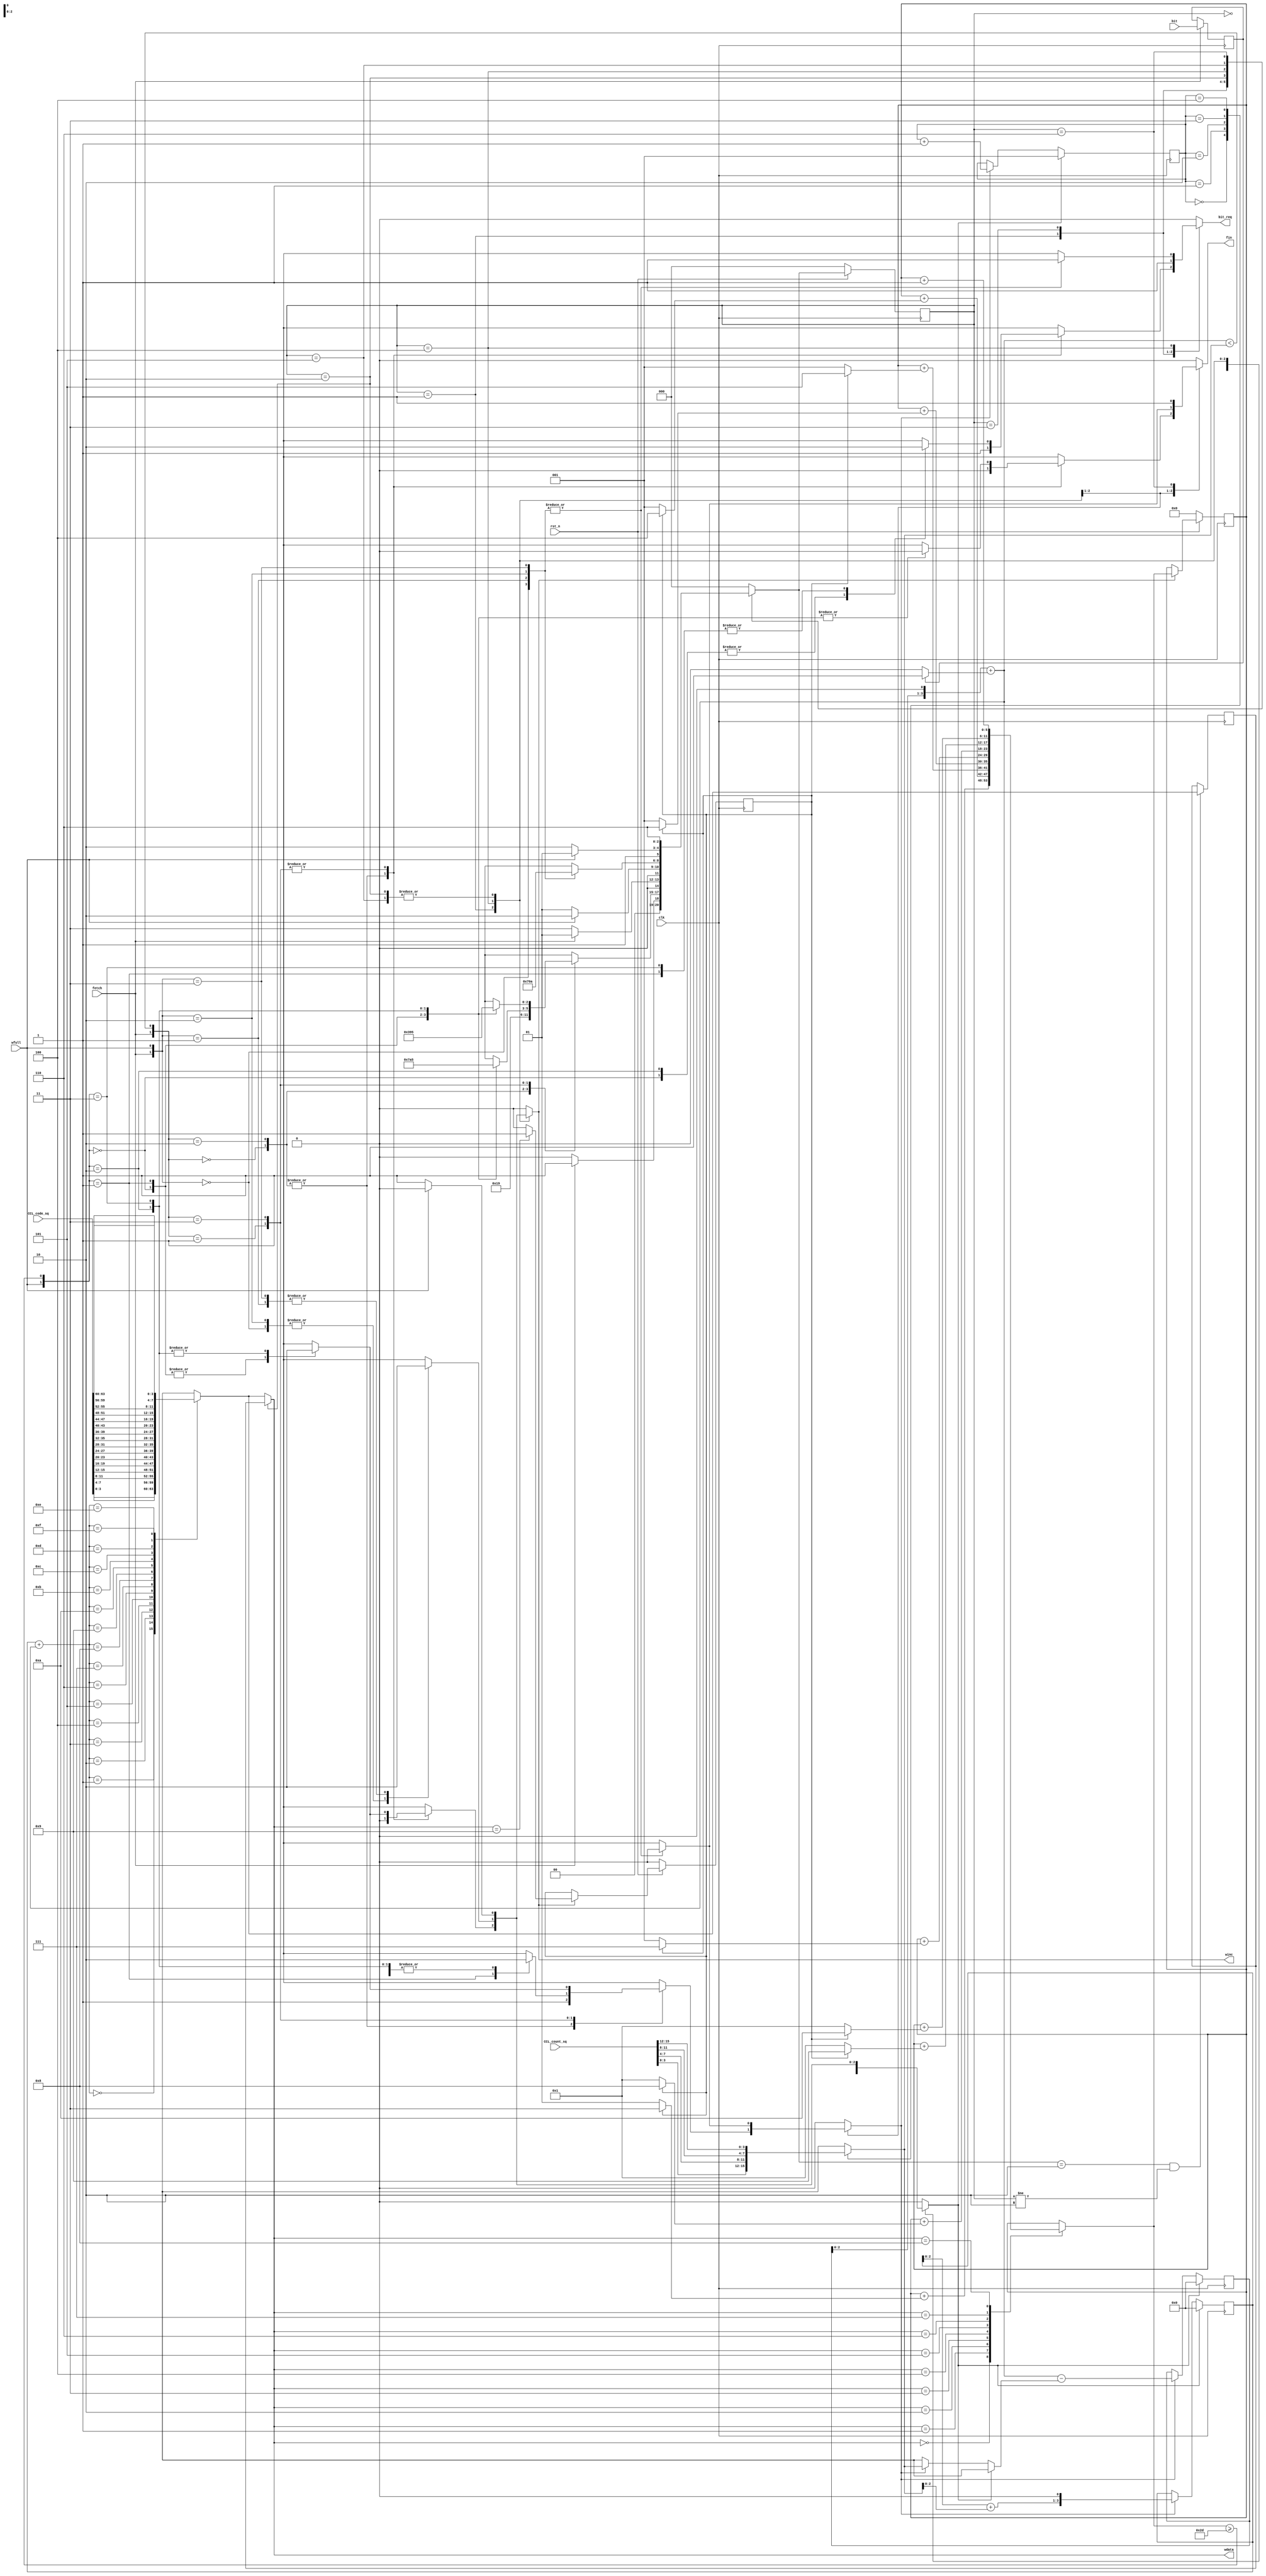
module SQ(input wire       clk,rst_n,
          input wire       fetch,wfull,
          input wire       bit,
          input wire[63:0] CCL_code_sq,
          input wire[15:0] CCL_count_sq,
          output reg       fin,bit_req,
          output wire[3:0] wdata,
          output reg       winc);

    parameter IDLE   = 3'b000;
    parameter Decode = 3'b001;
    parameter WaitW  = 3'b010;
    parameter WaitR  = 3'b011;
    parameter WaitWR = 3'b100;
    parameter WaitF  = 3'b101;
    parameter Finish = 3'b110;
    reg[2:0]  curr_state,next_state;

    wire[3:0] CCL_code_wap[15:0];
    wire[3:0] CCL_count_wap[4:1];
    wire      match,decode_end;

    reg       decode_mode;
    reg       decode_buf;
    reg       ref;
    reg[5:0]  num_count;
    reg[5:0]  next_num_count;
    reg[2:0]  len;
    wire[2:0] next_len;
    reg[3:0]  off,base;
    wire[3:0] temp_off,next_base;
    reg[3:0]  reg_wdata;
    reg       ext;

    //FSM always code block

    always @(posedge clk) begin
        if(!rst_n)begin
            curr_state <= IDLE;
        end
        else begin
            curr_state <= next_state;
        end
    end

    always @(*) begin
        case(curr_state)
            IDLE:begin
                if(fetch)begin
                    next_state  = Decode;
                    fin         = 1'b0; 
                    bit_req     = 1'b0;
                    winc        = 1'b0;
                    decode_mode = 1'b0;
                    ref         = 1'b1;
                end
                else begin
                    next_state  = IDLE;
                    fin         = 1'b0; 
                    bit_req     = 1'b0;
                    winc        = 1'b0;
                    decode_mode = 1'b0;
                    ref         = 1'b1;
                end
            end
            Decode:begin
                case({fetch,match})
                    2'b00:begin
                        next_state  = WaitR;
                        fin         = 1'b0; 
                        bit_req     = 1'b1;
                        winc        = 1'b0;
                        decode_mode = 1'b1;
                        ref         = 1'b0;
                    end
                    2'b10:begin
                        next_state  = Decode;
                        fin         = 1'b0; 
                        bit_req     = 1'b1;
                        winc        = 1'b0;
                        decode_mode = 1'b1;
                        ref         = 1'b0;
                    end
                    2'b01:begin
                        case({wfull,decode_end})
                            2'b00:begin
                                next_state  = WaitR;
                                fin         = 1'b0; 
                                bit_req     = 1'b1;
                                winc        = 1'b1;
                                decode_mode = 1'b0;
                                ref         = 1'b1;
                            end
                            2'b01:begin
                                next_state  = Finish;
                                fin         = 1'b0; 
                                bit_req     = 1'b0;
                                winc        = 1'b1;
                                decode_mode = 1'b1;
                                ref         = 1'b1;
                            end
                            2'b10:begin
                                next_state  = WaitWR;
                                fin         = 1'b0; 
                                bit_req     = 1'b1;
                                winc        = 1'b0;
                                decode_mode = 1'b0;
                                ref         = 1'b0;
                            end
                            2'b11:begin
                                next_state  = WaitF;
                                fin         = 1'b0; 
                                bit_req     = 1'b0;
                                winc        = 1'b0;
                                decode_mode = 1'b0;
                                ref         = 1'b0;
                            end
                            default:begin
                                next_state  = IDLE;
                                fin         = 1'b0; 
                                bit_req     = 1'b0;
                                winc        = 1'b0;
                                decode_mode = 1'b0;
                                ref         = 1'b1;
                            end
                        endcase
                    end
                    2'b11:begin
                        case({wfull,decode_end})
                            2'b00:begin
                                next_state  = Decode;
                                fin         = 1'b0; 
                                bit_req     = 1'b1;
                                winc        = 1'b1;
                                decode_mode = 1'b1;
                                ref         = 1'b1;
                            end
                            2'b01:begin
                                next_state  = Finish;
                                fin         = 1'b0; 
                                bit_req     = 1'b0;
                                winc        = 1'b1;
                                decode_mode = 1'b1;
                                ref         = 1'b1;
                            end
                            2'b10:begin
                                next_state  = WaitW;
                                fin         = 1'b0; 
                                bit_req     = 1'b1;
                                winc        = 1'b0;
                                decode_mode = 1'b0;
                                ref         = 1'b0;
                            end
                            2'b11:begin
                                next_state  = WaitF;
                                fin         = 1'b0; 
                                bit_req     = 1'b0;
                                winc        = 1'b0;
                                decode_mode = 1'b0;
                                ref         = 1'b0;
                            end
                            default:begin
                                next_state  = IDLE;
                                fin         = 1'b0; 
                                bit_req     = 1'b0;
                                winc        = 1'b0;
                                decode_mode = 1'b0;
                                ref         = 1'b1;
                            end
                        endcase
                    end
                    default:begin
                        next_state  = IDLE;
                        fin         = 1'b0; 
                        bit_req     = 1'b0;
                        winc        = 1'b0;
                        decode_mode = 1'b0;
                        ref         = 1'b1;
                    end
                endcase
            end
            WaitR:begin
                if(fetch)begin
                    next_state  = Decode;
                    fin         = 1'b0; 
                    bit_req     = 1'b1;
                    winc        = 1'b0;
                    decode_mode = 1'b0;
                    ref         = 1'b0;
                end
                else begin
                    next_state  = WaitR;
                    fin         = 1'b0; 
                    bit_req     = 1'b1;
                    winc        = 1'b0;
                    decode_mode = 1'b0;
                    ref         = 1'b0;
                end
            end
            WaitW:begin
                if(wfull)begin
                    next_state  = WaitW;
                    fin         = 1'b0; 
                    bit_req     = 1'b0;
                    winc        = 1'b0;
                    decode_mode = 1'b0;
                    ref         = 1'b0;
                end
                else begin
                    next_state  = Decode;
                    fin         = 1'b0; 
                    bit_req     = 1'b0;
                    winc        = 1'b1;
                    decode_mode = 1'b0;
                    ref         = 1'b1;
                end
            end
            WaitWR:begin
                case({fetch,wfull})
                    2'b00:begin
                        next_state  = WaitR;
                        fin         = 1'b0; 
                        bit_req     = 1'b1;
                        winc        = 1'b1;
                        decode_mode = 1'b0;
                        ref         = 1'b1;
                    end
                    2'b01:begin
                        next_state  = WaitWR;
                        fin         = 1'b0; 
                        bit_req     = 1'b1;
                        winc        = 1'b0;
                        decode_mode = 1'b0;
                        ref         = 1'b0;
                    end
                    2'b10:begin
                        next_state  = Decode;
                        fin         = 1'b0; 
                        bit_req     = 1'b1;
                        winc        = 1'b1;
                        decode_mode = 1'b0;
                        ref         = 1'b1;
                    end
                    2'b11:begin
                        next_state  = WaitW;
                        fin         = 1'b0; 
                        bit_req     = 1'b1;
                        winc        = 1'b0;
                        decode_mode = 1'b0;
                        ref         = 1'b0;
                    end
                    default:begin
                        next_state  = WaitWR;
                        fin         = 1'b0; 
                        bit_req     = 1'b1;
                        winc        = 1'b0;
                        decode_mode = 1'b0;
                        ref         = 1'b0;
                    end
                endcase
            end
            WaitF:begin
                if(wfull)begin
                    next_state  = WaitF;
                    fin         = 1'b0; 
                    bit_req     = 1'b0;
                    winc        = 1'b0;
                    decode_mode = 1'b0;
                    ref         = 1'b0;
                end
                else begin
                    next_state  = Finish;
                    fin         = 1'b0; 
                    bit_req     = 1'b0;
                    winc        = 1'b1;
                    decode_mode = 1'b0;
                    ref         = 1'b1;
                end
            end
            Finish:begin
                next_state  = Finish;
                fin         = 1'b1; 
                bit_req     = 1'b0;
                winc        = 1'b0;
                decode_mode = 1'b0;
                ref         = 1'b0;
            end
            default:begin
                next_state  = IDLE;
                fin         = 1'b0; 
                bit_req     = 1'b0;
                winc        = 1'b0;
                decode_mode = 1'b0;
                ref         = 1'b0;
            end
        endcase
    end

    //other seq logic

    always @(posedge clk) begin
        if(fetch)begin
            decode_buf <= bit;
        end
    end

    always @(posedge clk) begin
        if(!rst_n)begin
            num_count <= 6'b0;
        end
        else if(winc) begin
            num_count <= next_num_count;
        end
    end

    always @(posedge clk) begin
        if(ref) begin
            off  <= 4'b0;
            base <= 4'b0;
            len  <= 3'b001;
        end
        else if(decode_mode) begin
            off  <= temp_off - CCL_count_wap[len];
            base <= next_base;
            len  <= next_len;
        end
    end

    always @(posedge clk) begin
        if(!rst_n)begin
            ext <= 1'b0;
        end
        else if(winc)begin
            ext <= (wdata == 4'h9)?1'b1:1'b0;
        end
    end

    always @(posedge clk) begin
        if((next_state == WaitW)&(curr_state != WaitW)) reg_wdata <= CCL_code_wap[base + temp_off]; 
    end

    //Comb logic

    always @(*) begin
        case(wdata)
            4'h0: next_num_count = num_count + (ext?6'd3 :6'd1);
            4'h1: next_num_count = num_count + (ext?6'd4 :6'd1);
            4'h2: next_num_count = num_count + (ext?6'd5 :6'd1);
            4'h3: next_num_count = num_count + (ext?6'd6 :6'd1);
            4'h4: next_num_count = num_count + (ext?6'd7 :6'd1);
            4'h5: next_num_count = num_count + (ext?6'd8 :6'd1);
            4'h6: next_num_count = num_count + (ext?6'd9 :6'd1);
            4'h7: next_num_count = num_count + (ext?6'd10:6'd1);
            4'h8: next_num_count = num_count + 6'd1;
            4'h9: next_num_count = num_count;
            default: next_num_count = num_count;
        endcase
    end


    assign temp_off   = (off << 1) + (decode_buf?1'b1:1'b0);
    assign next_base  = (base + CCL_count_wap[len]) << 1;
    assign next_len   = len + 1'b1;

    assign match      = temp_off < CCL_count_wap[len];
    assign wdata      = (curr_state == WaitW)?reg_wdata:CCL_code_wap[base + temp_off];
    assign decode_end = next_num_count >= 6'd45;


    assign {CCL_code_wap[15],CCL_code_wap[14],CCL_code_wap[13],CCL_code_wap[12],
            CCL_code_wap[11],CCL_code_wap[10],CCL_code_wap[9], CCL_code_wap[8],
            CCL_code_wap[7], CCL_code_wap[6], CCL_code_wap[5], CCL_code_wap[4],
            CCL_code_wap[3], CCL_code_wap[2], CCL_code_wap[1], CCL_code_wap[0]}  = CCL_code_sq;

    assign {CCL_count_wap[4],CCL_count_wap[3],CCL_count_wap[2],CCL_count_wap[1]} = CCL_count_sq;

endmodule